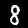
Label: 8